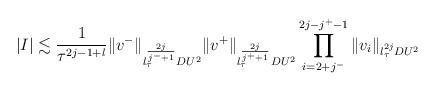
LaTeX: \begin{align*}|I| \lesssim \frac{1}{\tau^{2j-1+l}} \|v^{-}\|_{l^{\frac{2j}{j^-+1}}_\tau DU^2} \|v^{+}\|_{l^{\frac{2j}{j^++1}}_\tau DU^2}\prod_{i = 2+j^-}^{2j-j^+ -1} \|v_i\|_{l^{2j}_\tau DU^2}\end{align*}